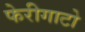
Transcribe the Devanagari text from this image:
फेरीगाटो